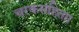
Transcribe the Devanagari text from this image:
चरकसंहिता।